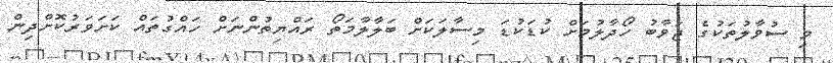
މި ސުވާލުތަކުގެ ޖަވާބު ހޯދާލުމަށް ކުޑަކުޑަ މިސާލަކަށް ބަލާލާމަތޯ ރައްޔިތުންނަށް ހައްގުތައް ކަށަވަރުކޮށްދިން